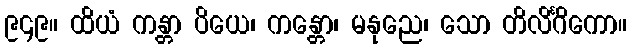
၉၄၉။ ထိယံ ကန္တာ ပိယေ၊ ကန္တော၊ မနုညေ၊ သော တိလိင်္ဂိကော။